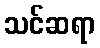
သင်ဆရာ